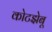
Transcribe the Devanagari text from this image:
कोटझेबू